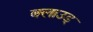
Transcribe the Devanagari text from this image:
क्लाउड्